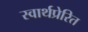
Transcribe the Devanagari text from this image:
स्वार्थप्रेरित